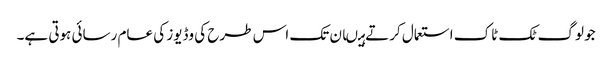
جو لوگ ٹک ٹاک استعمال کرتے ہیںان تک اس طرح کی وڈیوز کی عام رسائی ہوتی ہے۔